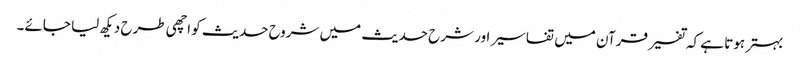
بہتر ہوتا ہے کہ تفسیر قرآن میں تفاسیر اور شرح حدیث میں شروح حدیث کو اچھی طرح دیکھ لیا جائے۔